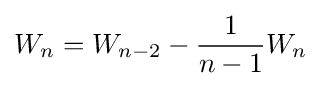
W_{n}=W_{n-2}-{\frac {1}{n-1}}W_{n}